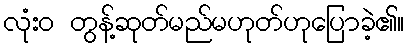
လုံးဝ တွန့်ဆုတ်မည်မဟုတ်ဟုပြောခဲ့၏။